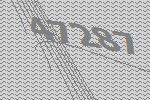
47287